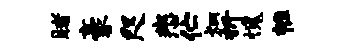
睹豪咫悲伫炳折愧帷